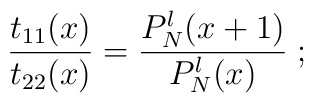
\frac{t_{11}(x)}{t_{22}(x)} = \frac{P_N^{\l}(x+1)}{P_N^{\l}(x)} \; ;